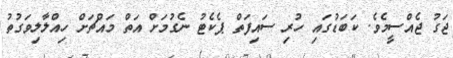
ޖަގު ޖެއްސީމެވެ. ކަބަޑުގައި ހުރި ސައިފަތް ޕެކެޓު ނެގުމަށް އަތް މައްޗަށް ހިއްލާލިވަގުތު